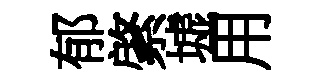
郁綮墟用